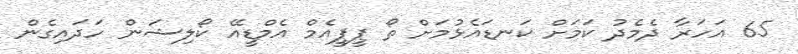
65 އަހަރާ ދެމެދު ކަމަށް ކަނޑައެޅުމަށް ތޯ ޕީޕީއެމް އެމްޑީއޭ ކޯލިޝަން ހަދައިގެން